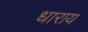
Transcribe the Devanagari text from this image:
धाराय